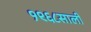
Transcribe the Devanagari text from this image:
१९६८साली